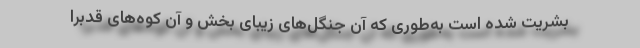
بشریت شده است به‌طوری که آن جنگل‌های زیبای بخش و آن کوه‌های قدبرا